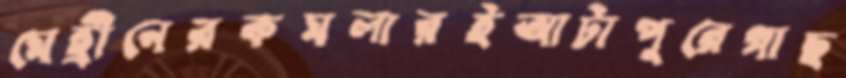
মেহ্রীনেরকমলারইআটাপুরেগাছ